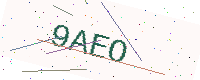
Text: 9AEO